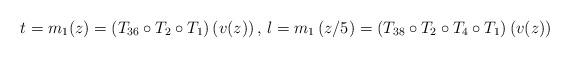
LaTeX: \begin{align*}t=m_1(z)=\left(T_{36}\circ T_2\circ T_1\right)\left(v(z)\right)\textrm{, }l=m_1\left(z/5\right)=\left(T_{38}\circ T_2\circ T_4\circ T_1\right)\left(v(z)\right)\end{align*}